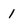
Character: 1